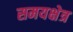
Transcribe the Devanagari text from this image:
समयक्षेत्र